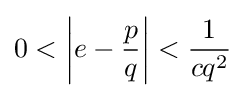
0<\left|e-{\frac {p}{q}}\right|<{\frac {1}{cq^{2}}}